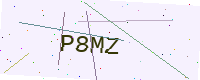
Text: P8MZ